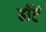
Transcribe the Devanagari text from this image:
हाॅर्ट